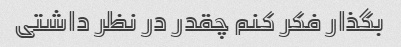
بگذار فکر کنم چقدر در نظر داشتی